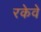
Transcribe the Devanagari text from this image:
रकेवे